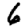
Digit: 6